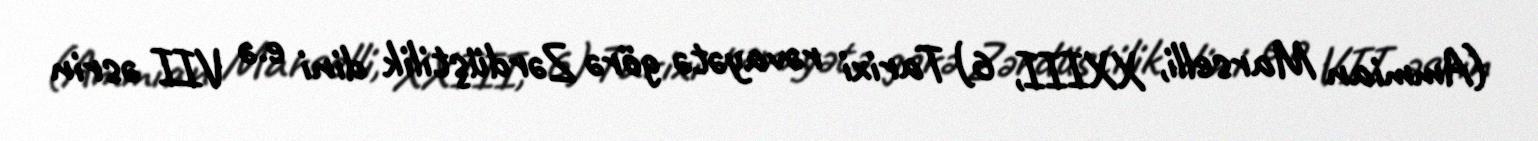
(Ammian Marselli, XXIII, 6) Tarixi rəvayətə görə Zərdüştilik dini e.ə VII əsrin